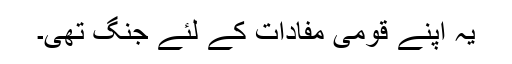
یہ اپنے قومی مفادات کے لئے جنگ تھی۔